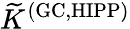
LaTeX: {\widetilde K}^{\mathrm{(GC,HIPP)}}